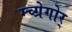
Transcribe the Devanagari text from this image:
म्च्ग्रेगोर्